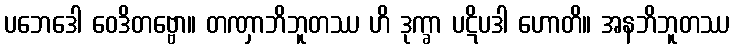
ပဘေဒေါ ဝေဒိတဗ္ဗော။ တဏှာဘိဘူတဿ ဟိ ဒုက္ခာ ပဋိပဒါ ဟောတိ။ အနဘိဘူတဿ